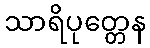
သာရိပုတ္တေန